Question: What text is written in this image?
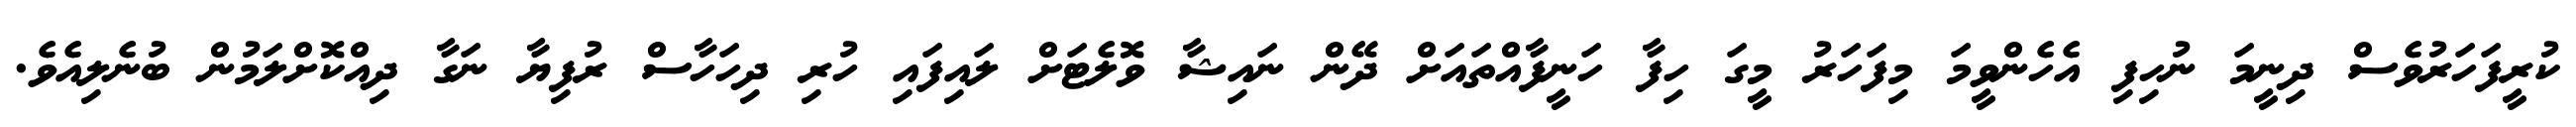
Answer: ކުރީފަހަރުވެސް ދިނީމަ ނުހިފި އެހެންވީމަ މިފަހަރު މީގަ ހިފާ ހަނީފާއްތައަށް ދޭން ނައިޝާ ވޮލެޓަށް ލައިފައި ހުރި ދިހަހާސް ރުފިޔާ ނަގާ ދިއްކޮށްލަމުން ބުނެލިއެވެ.